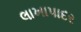
લાખાપાદર